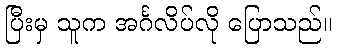
ပြီးမှ သူက အင်္ဂလိပ်လို ပြောသည်။